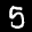
Label: 5